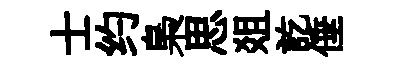
士约梟思爼訖倕